Proceedings of the meeting of veterinary officers in India
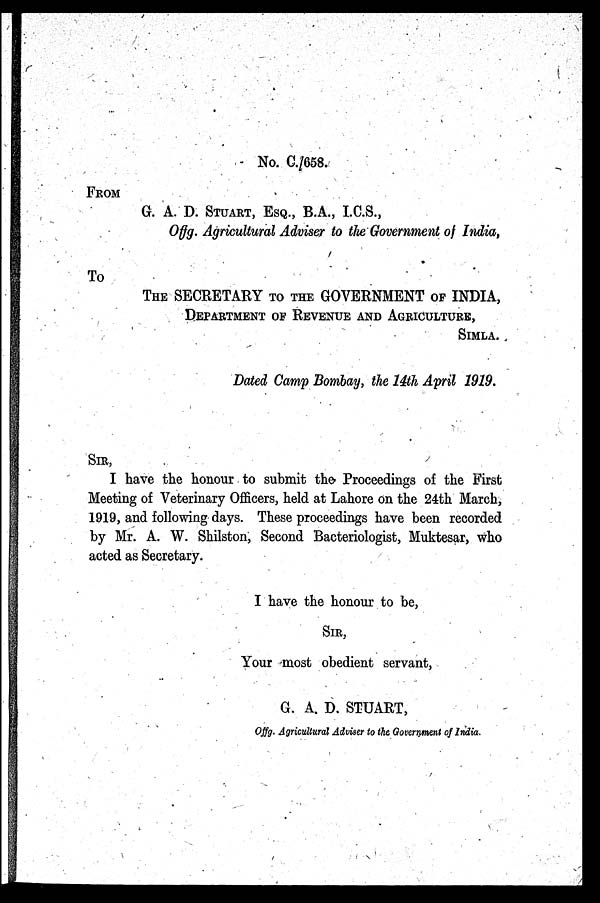
No. C./658.
FROM
G. A. D. STUART, ESQ., B.A., I.C.S.,
Offg. Agricultural Adviser to the Government of India,
To
THE SECRETARY TO THE GOVERNMENT OF INDIA,
DEPARTMENT OF REVENUE AND AGRICULTURE,
SIMLA.
Dated Camp Bombay, the 14th April 1919.
SIR,
I have the honour to submit the Proceedings of the First
Meeting of Veterinary Officers, held at Lahore on the 24th March,
1919, and following days. These proceedings have been recorded
by Mr. A. W. Shilston, Second Bacteriologist, Muktesar, who
acted as Secretary.
I have the honour to be,
SIR,
Your most obedient servant,
G. A. D. STUART,
Offg. Agricultural Adviser to the Government of India.